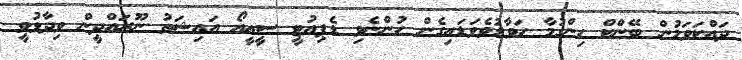
ދައްކަވަމުން ބޭންކް ހިންގުމާ ހަވާލުވެވަޑައިގެން ހުންނެވި ޑެޕިއުޓީ ސީއީއޯ އައިޝަތު ނޫރައްދީން ވިދާޅުވީ